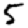
Digit: 5